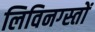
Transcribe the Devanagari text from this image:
लिविनग्स्तों